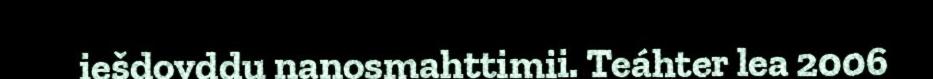
iešdovddu nanosmahttimii. Teáhter lea 2006